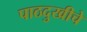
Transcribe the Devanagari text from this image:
पाठदुखीचे